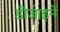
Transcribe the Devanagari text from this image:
डीजाइनें